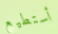
أستطيع